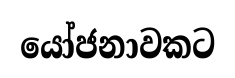
යෝජනාවකට